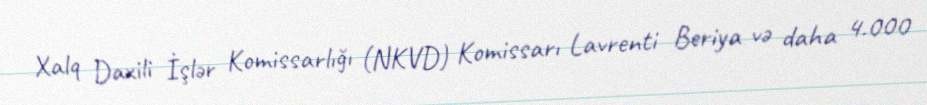
Xalq Daxili İşlər Komissarlığı (NKVD) Komissarı Lavrenti Beriya və daha 4.000